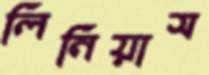
লিনিয়াস